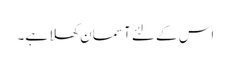
اس کے لئے آسمان کھلا ہے۔